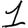
Digit: 1